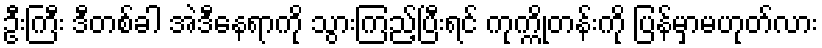
ဦးကြီး ဒီတစ်ခါ အဲဒီနေရာကို သွားကြည့်ပြီးရင် ကုက္ကိုတန်းကို ပြန်မှာမဟုတ်လား